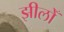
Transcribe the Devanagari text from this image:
झीलोँ